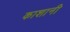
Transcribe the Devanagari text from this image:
काशानी